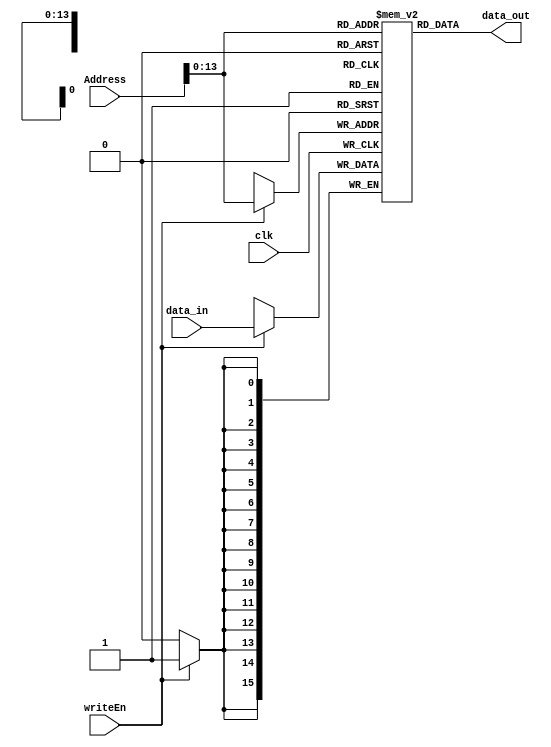
`timescale 1ns / 1ps
//////////////////////////////////////////////////////////////////////////////////
// Company: 
// Engineer: 
// 
// Design Name: 
// Module Name: DatamemoryRAM
// Project Name: 
// Target Devices: 
// Tool Versions: 
// Description: 
// 
// Dependencies: 
// 
// Revision:
// Revision 0.01 - File Created
// Additional Comments:
// 
//////////////////////////////////////////////////////////////////////////////////


module DatamemoryRAM(
input clk,
input [14:0]Address,
input writeEn,
input [15:0]data_in,
output [15:0]data_out
    );
    //reg [16384:0]load;
    
//    Register RAM[16384:0](
//    .clk(clk),
//    .data_in(data_in),
//    .load(load),
//    .data_out(data_out)
//    );
    
//    always@(*)
//    begin
//    case(Address)
    reg [15:0]data_mem [16383:0];
    
    assign data_out = data_mem[Address];
    
    always @(posedge clk)
    begin
    
    if(writeEn)
    begin
    data_mem[Address]  <= data_in;
    end
    
    end
    
endmodule